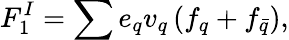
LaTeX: F_{1}^{I}=\sum{e_{q}v_{q}}\left(f_{q}+f_{\bar{q}}\right),